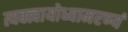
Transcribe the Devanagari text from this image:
त्यक्त्वायोध्यामरण्यं